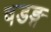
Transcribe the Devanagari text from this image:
षडङ्ग